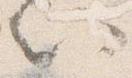
以